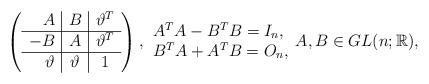
LaTeX: \begin{align*}\left(\begin{array}{r|c|c} A & B & \vartheta^T\\ \hline -B & A & \vartheta^T\\ \hline \vartheta & \vartheta & 1 \\\end{array}\right),\begin{array}{l} A^TA-B^TB=I_n,\\ B^TA+A^TB=O_n,\end{array}A, B\in GL(n;\mathbb{R}),\end{align*}